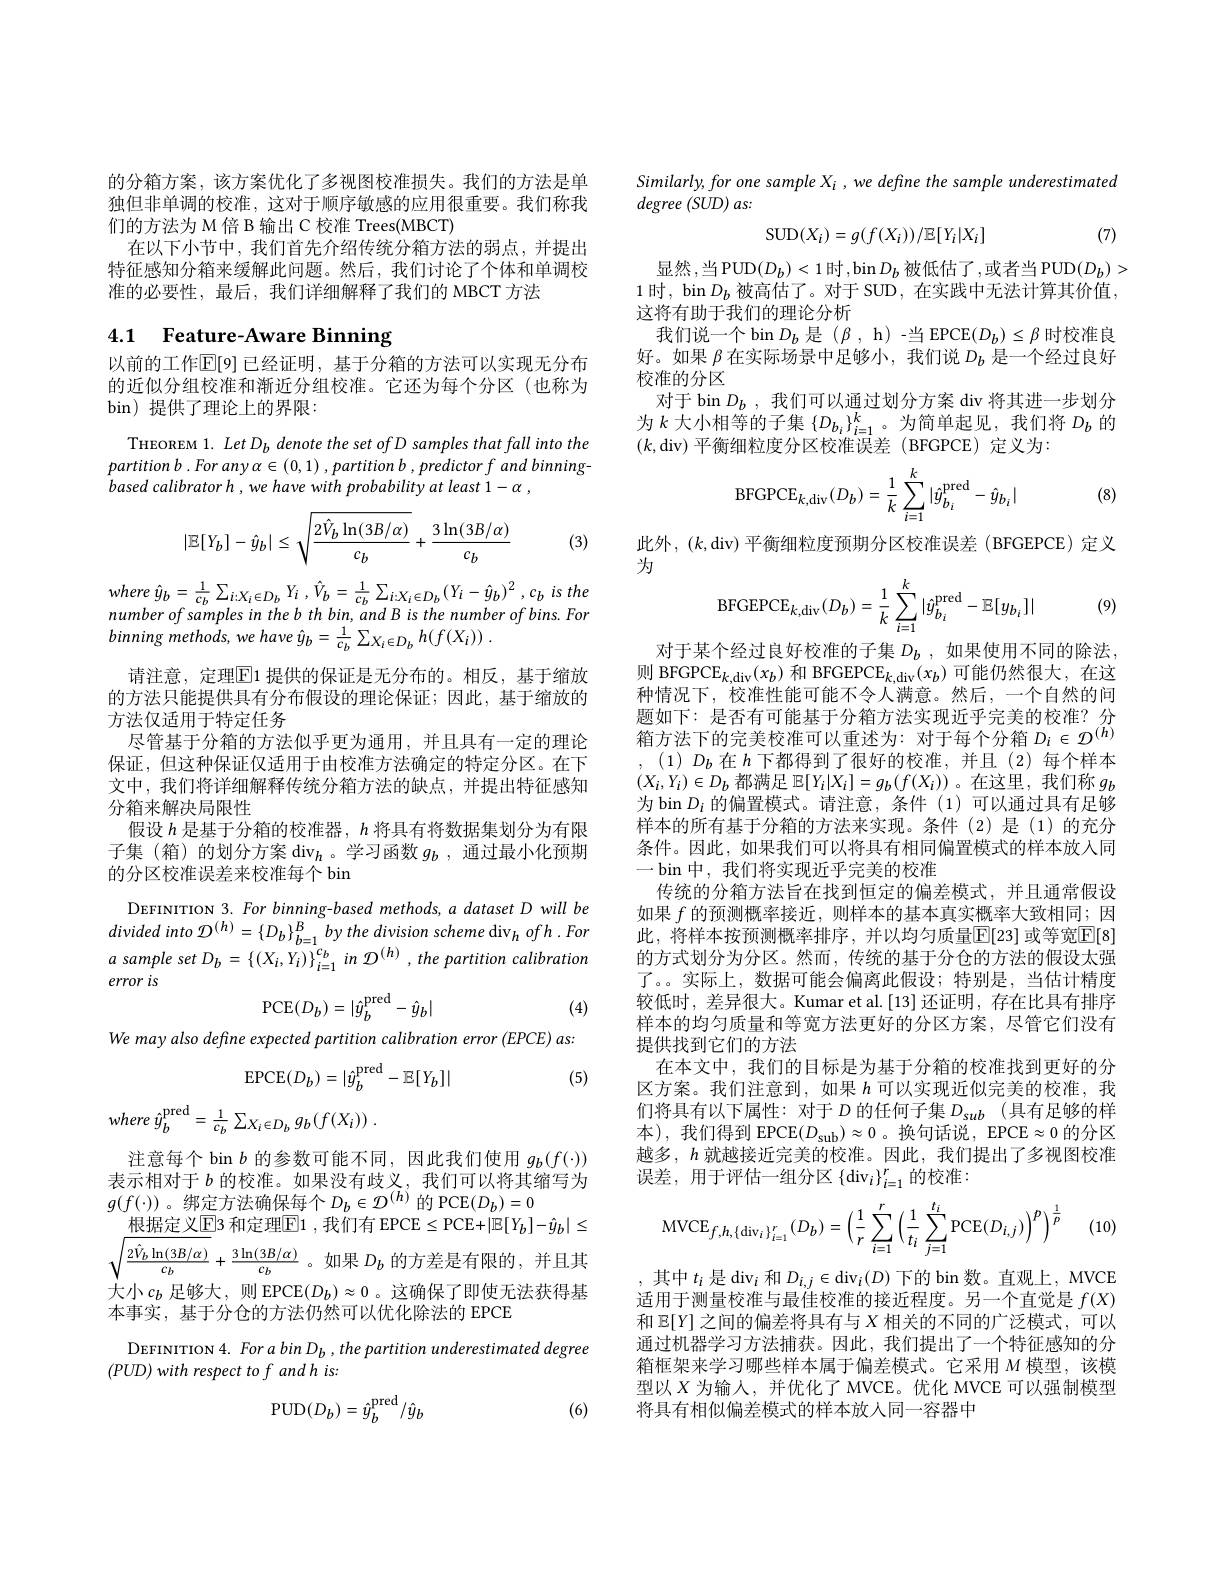
的分箱方案，该方案优化了多视图校准损失。我们的方法是单独但非单调的校准，这对于顺序敏感的应用很重要。我们称我们的方法为 M 倍 B 输出 C 校准 Trees(MBCT)
在以下小节中，我们首先介绍传统分箱方法的弱点，并提出特征感知分箱来缓解此问题。然后，我们讨论了个体和单调校准的必要性，最后，我们详细解释了我们的 MBCT 方法

## 4.1 Feature-Aware Binning

以前的工作$\mathbb{E}[9]$ 已经证明，基于分箱的方法可以实现无分布的近似分组校准和渐近分组校准。它还为每个分区(也称为bin)提供了理论上的界限：

THEOREM 1. Let D denote the set of D samples that fall into the $partitionb.Forany\alpha\in(0,1),partitionb,predictorfandbinning-$ based calibrator h , we have with probability at least 1- α ,
$$|\mathbb{E}[Y_b]-\hat{y}_b|\leq\sqrt{\frac{2\hat{V}_b\ln(3B/\alpha)}{c_b}}+\frac{3\ln(3B/\alpha)}{c_b}$$
(3)

where $\hat{y} _{b}= \frac 1{c_{b}}\sum _{i: X_{i}\in D_{b}}$ $Y_{i}$ , $\hat{V} _{b}= \frac 1{c_{b}}$ $\sum _{i: X_{i}\in D_{b}}($ $Y_{i}- \hat{y} _{b}) ^{2}$ , $c_{b}$ $is$ the number of samples in the b th bin, and B is the number of bins. For binning methods, we have $\hat{y} _b= \frac 1{c_b}\sum _{X_i\in D_b}h( f( X_i) )$ .
请注意，定理$\overline{\mathrm{E}}$1 提供的保证是无分布的。相反，基于缩放的方法只能提供具有分布假设的理论保证；因此，基于缩放的方法仅适用于特定任务
尽管基于分箱的方法似乎更为通用，并且具有一定的理论保证，但这种保证仅适用于由校准方法确定的特定分区。在下文中，我们将详细解释传统分箱方法的缺点，并提出特征感知分箱来解决局限性
假设$h$是基于分箱的校准器，$h$将具有将数据集划分为有限子集(箱)的划分方案$\operatorname{div}_h$。学习函数$g_b$ ,通过最小化预期的分区校准误差来校准每个 bin
DEFINITION 3. For binning-based methods, a dataset D will be divided into $\mathcal{D}^{(h)}=\{D_b\}_{b=1}^Bby$ the division scheme div$_h$ $ofh.For$ $a$ sample set $D_b=\left\{(X_{i},Y_{i})\right\}_{i=1}^{c_{b}}$ in $\mathcal{D}^{(h)},the$ partition calibration

error is
$$\mathrm{PCE}(D_b)=|\hat{y}_b^\mathrm{pred}-\hat{y}_b|$$
(4)

We may also define expected partition calibration error (EPCE) as:
$$\mathrm{EPCE}(D_b)=|\hat{y}_b^\mathrm{pred}-\mathbb{E}[Y_b]|$$
$$\hat{y}_{b}^{\mathrm{pred}}=\frac{1}{c_{b}}\sum_{X_{i}\in D_{b}}g_{b}(f(X_{i}))\:.$$
(5)

注意每个 bin $b$的参数可能不同，因此我们使用$g_b(f(\cdot))$ 表示相对于$b$的校准。如果没有歧义，我们可以将其缩写为$g(f(\cdot))$。绑定方法确保每个$D_b\in\mathcal{D}^(h)$ 的 PCE$(D_b)=0$
根据定义$\underline{\underline{\mathrm{E}}}$3 和定理$\underline{\mathrm{E}}1$ ,我们有 EPCE$\leq$PCE$+|\mathbb{E}[Y_b]-\hat{y}_b|\leq$ $\sqrt{\frac{2\hat{V}_{b}\ln(3B/\alpha)}{c_{b}}}+\frac{3\ln(3B/\alpha)}{c_{b}}$。如果$D_b$的方差是有限的，并且其大小$c_b$足够大，则 EPCE$(D_b)\approx0$ 。这确保了即使无法获得基本事实，基于分仓的方法仍然可以优化除法的 EPCE

DEFINITION 4. For a bin D , the partition underestimated degree
$( PUD) with\textit{respect tof and h is: }$

(6)
$$\mathrm{PUD}(D_b)=\hat{y}_b^\mathrm{pred}/\hat{y}_b$$
Similarly, for one sample Xi , we define the sample underestimated
$degree\left(SUD\right)as:$
$$\mathrm{SUD}(X_{i})=g(f(X_{i}))/\mathbb{E}[Y_{i}|X_{i}]$$
(7)

显然，当PUD$(D_b)<1$时，bin$D_b$被低估了，或者当PUD$(D_b)>$
1时，bin$D_b$被高估了。对于 SUD, 在实践中无法计算其价值，
这将有助于我们的理论分析
我们说一个 bin $D_b$是($\beta$, h)-当 EPCE$(D_b)\leq\beta$时校准良好。如果$\beta$在实际场景中足够小，我们说$D_b$是一个经过良好校准的分区
对于 bin $D_b$ , 我 们 可 以 通 过 划 分 方 案 div 将其进一步划分为$k$大小相等的子集$\{D_b_i\}_{i=1}^k$。为简单起见，我们将$D_b$的$(k$,div)平衡细粒度分区校准误差(BFGPCE)定义为：

(8)
$$\mathrm{BFGPCE}_{k,\mathrm{div}}(D_b)=\frac{1}{k}\sum_{i=1}^{k}|\hat{y}_{b_i}^{\mathrm{pred}}-\hat{y}_{b_i}|$$
$\begin{array}{l}\text{此外，(k,div)平衡细粒度预期分区校准误差(BFGEPCE)定义}\\\text{为}\end{array}$
$$\mathrm{BFGEPCE}_{k,\mathrm{div}}(D_{b})=\frac{1}{k}\sum_{i=1}^{k}|\hat{y}_{b_{i}}^{\mathrm{pred}}-\mathbb{E}[y_{b_{i}}]|$$
(9)

对于某个经过良好校准的子集$D_b$ ,如果使用不同的除法， 则 BFGPCE$_k$,div$( x_b)$和 BFGEPCE$_k$,div$( x_b)$可能仍然很大，在这种情况下，校准性能可能不令人满意。然后，一个自然的问题如下：是否有可能基于分箱方法实现近乎完美的校准？分总 如 $\mid \cdot$定 日 日 可 能 坐 丁 刀 相 力 1公 天 坑 也 丁 儿 大 时 仅 证 : 箱 方 法 下 的 完 美 校 准 可 以 重 述 为 : 对 于 每 个 分 箱 $D_i\in \mathcal{D} ^{( h) }$
$(1)D_b$ 在$h$下都得到了很好的校准，并且(2)每个样本$(X_i,Y_i)\in D_b$都满足$\mathbb{E}[Y_i|X_i]=g_b(f(X_i))$ 。在这里，我们称$g_b$ 为 bin $D_i$的偏置模式。请注意，条件(1)可以通过具有足够样本的所有基于分箱的方法来实现。条件(2)是(1)的充分条件。因此，如果我们可以将具有相同偏置模式的样本放入同一 bin 中，我们将实现近乎完美的校准
传统的分箱方法旨在找到恒定的偏差模式，并且通常假设如果$f$的预测概率接近，则样本的基本真实概率大致相同；因此，将样本按预测概率排序，并以均匀质量$\mathbb{E}[23]$ 或等宽$\mathbb{E}[8]$ 的方式划分为分区。然而，传统的基于分仓的方法的假设太强了。。实际上，数据可能会偏离此假设；特别是，当估计精度较低时，差异很大。Kumar et al.[13]还证明，存在比具有排序样本的均匀质量和等宽方法更好的分区方案，尽管它们没有提供找到它们的方法
在本文中，我们的目标是为基于分箱的校准找到更好的分区方案。我们注意到，如果$h$可以实现近似完美的校准，我们将具有以下属性：对于$D$ 的任何子集 $D_sub$(具有足够的样本),我们得到 EPCE$(D_{\mathrm{sub}})\approx0$。换句话说，EPCE$\approx0$的分区越多，$h$就越接近完美的校准。因此，我们提出了多视图校准误差，用于评估一组分区$\{\mathrm{div}_i\}_i=1^r$的校准：
$$\mathrm{MVCE}_{f,h,\{\mathrm{div}_{i}\}_{i=1}^{r}}(D_{b})=\left(\frac{1}{r}\sum_{i=1}^{r}\left(\frac{1}{t_{i}}\sum_{j=1}^{t_{i}}\mathrm{PCE}(D_{i,j})\right)^{p}\right)^{\frac{1}{p}}$$
(10)

,其中$t_i$是$\operatorname{div}_i$和$D_i,j\in\operatorname{div}_i(D)$下的 bin 数。直观上，MVCE 适用于测量校准与最佳校准的接近程度。另一个直觉是$f(X)$ 和$\mathbb{E}[Y]$之间的偏差将具有与$X$相关的不同的广泛模式，可以通过机器学习方法捕获。因此，我们提出了一个特征感知的分箱框架来学习哪些样本属于偏差模式。它采用$M$ 模型，该模型以$X$ 为输入，并优化了 MVCE。优化 MVCE 可以强制模型将具有相似偏差模式的样本放人同一容器中